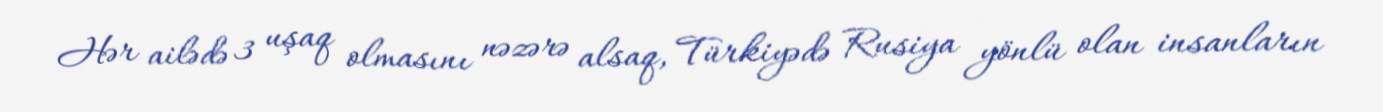
Hər ailədə 3 uşaq olmasını nəzərə alsaq, Türkiyədə Rusiya yönlü olan insanların